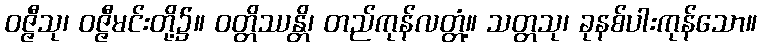
ဝဇ္ဇီသု၊ ဝဇ္ဇီမင်းတို့၌။ ဝတ္တိဿန္တိ၊ တည်ကုန်လတ္တံ့။ သတ္တသု၊ ခုနစ်ပါးကုန်သော။